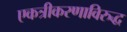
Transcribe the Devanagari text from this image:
एकत्रीकरणाविरुद्ध